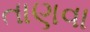
તાણવા